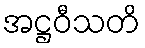
အဋ္ဌဝီသတိ